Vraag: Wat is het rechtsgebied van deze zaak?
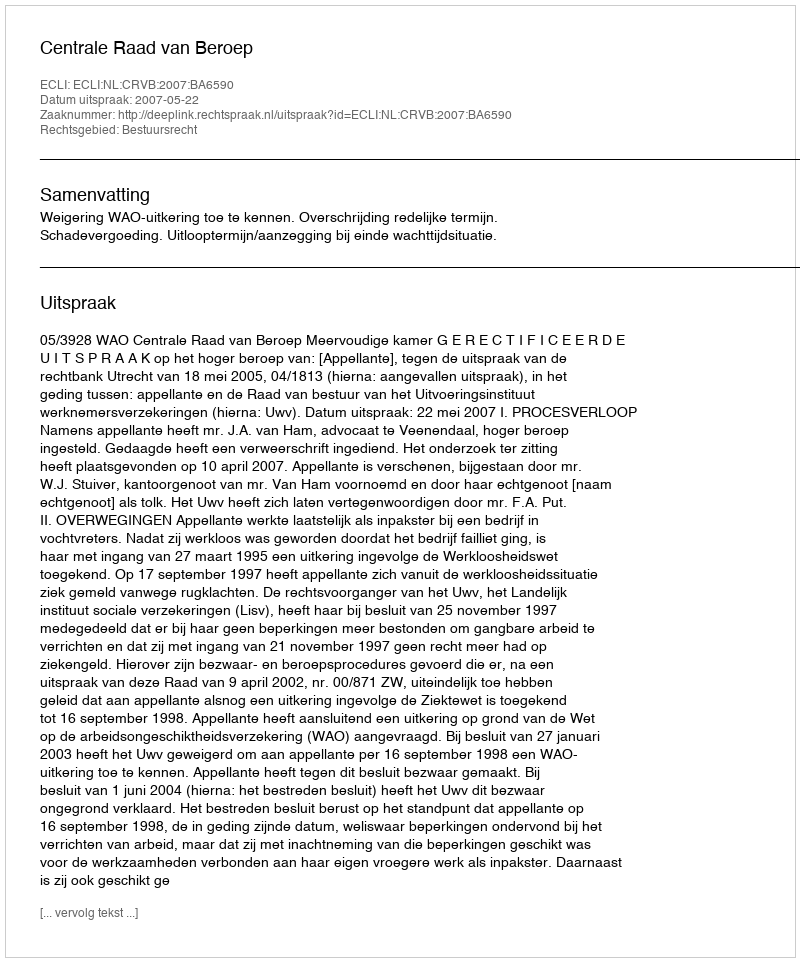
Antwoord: Bestuursrecht